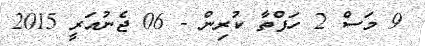
9 މަސް 2 ހަފްތާ ކުރިން - 06 ޖެނުއަރީ 2015